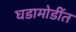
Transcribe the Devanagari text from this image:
घडामोडींत